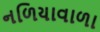
નળિયાવાળા